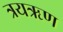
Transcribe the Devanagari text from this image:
त्रयऋण